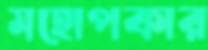
মহোপকার